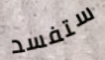
ستفسد